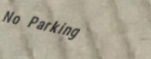
No Parking